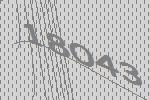
18043